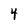
Character: 4